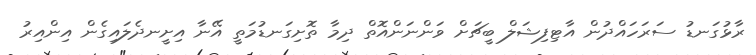
ރާޅުގަނޑު ސަރަހައްދުން އާޓިފިޝަލް ބީޗަށް ވަންނަންއޮތް ދިމާ ތޮށިގަނޑުމަތީ އޭނާ އިށީނދެލައިގެން އިންއިރު